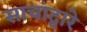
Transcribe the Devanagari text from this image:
साचांद्वारे